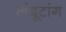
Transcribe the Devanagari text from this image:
लंबूटांग